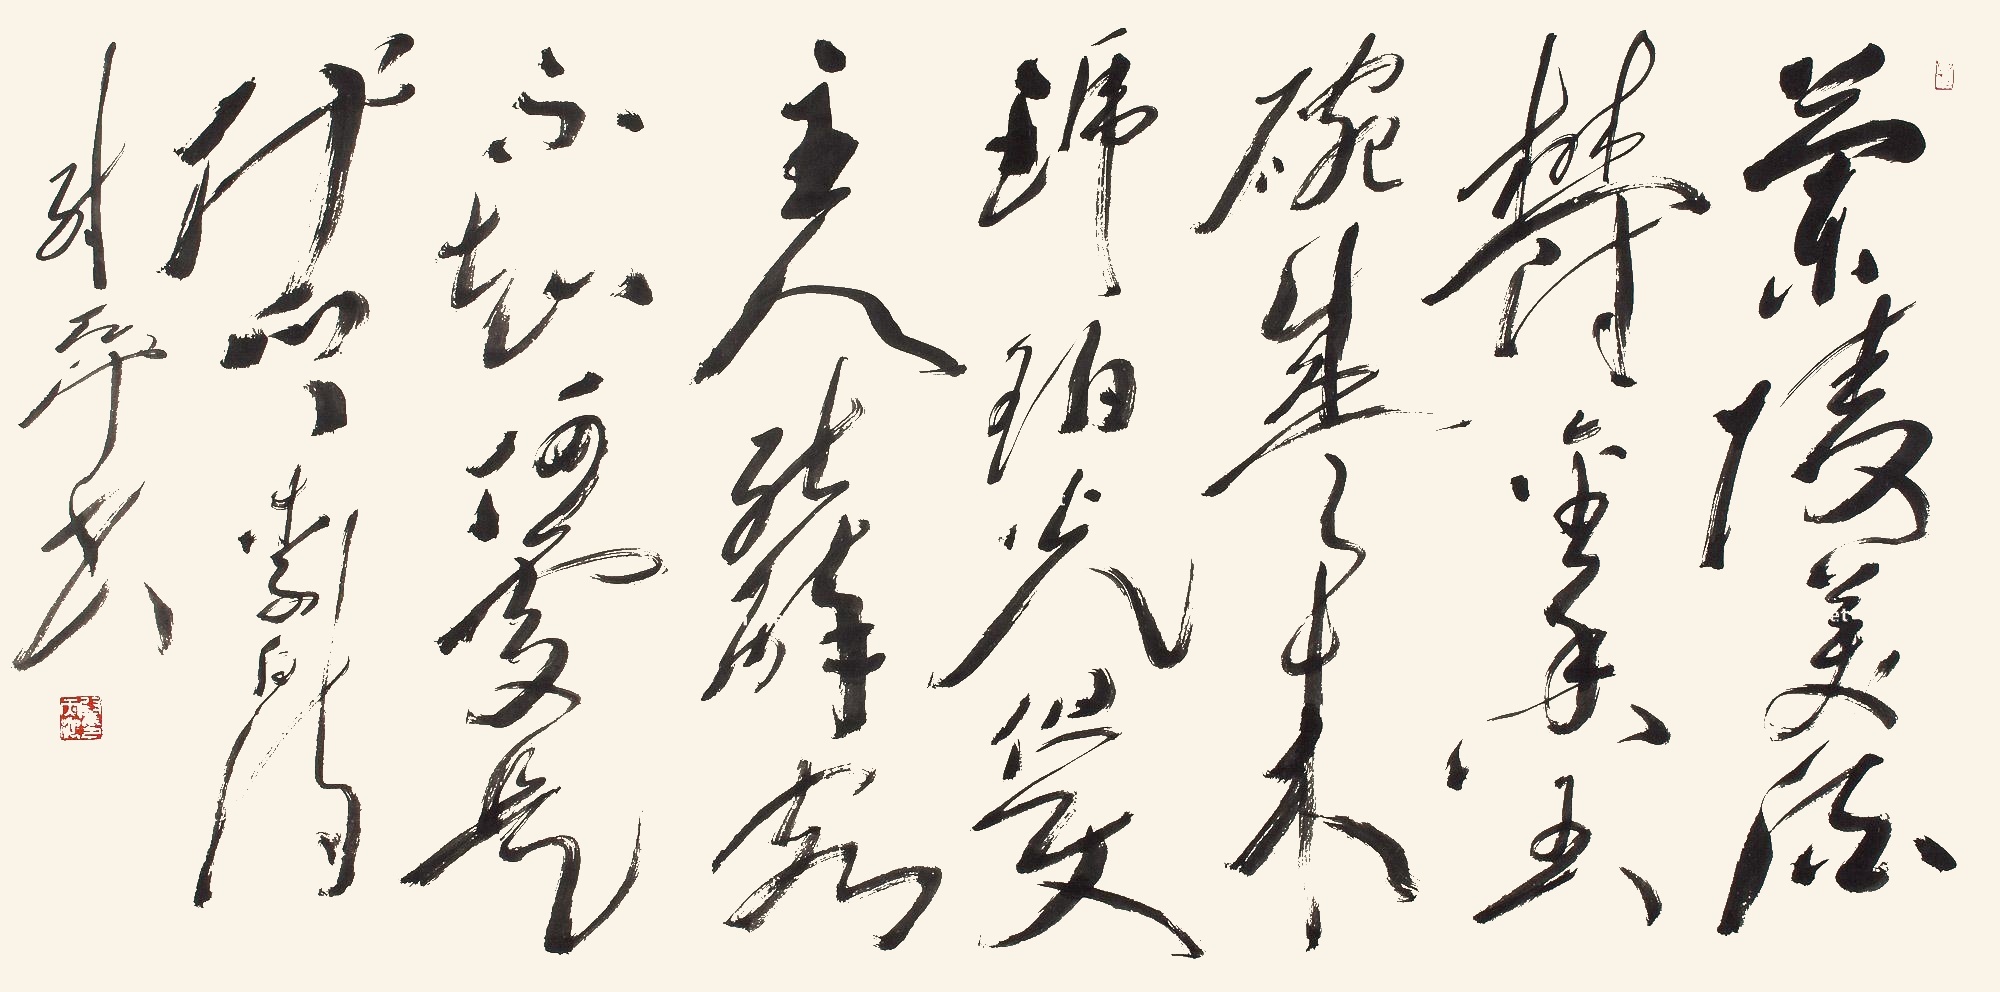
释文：兰陵美酒郁金香，玉碗盛来琥珀光。但使主人能醉客，不知何处是他乡。李白诗，尉天池书